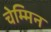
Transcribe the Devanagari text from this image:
चेम्मिन